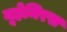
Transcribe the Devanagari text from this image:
यूहेमिरस